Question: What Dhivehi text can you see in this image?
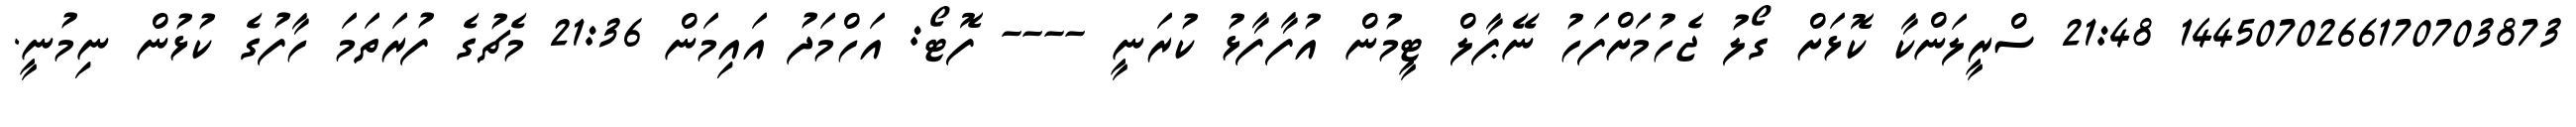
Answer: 1445070266170703873 21:48 ސްރީލަންކާ ކޮޅަށް ގޯލު ޖެހުމަށްފަހު ނޭޕާލް ޓީމުން އުފާފާޅު ކުރަނީ ---- ފޮޓޯ: އަހްމަދު އައިމަން 21:36 މެޗުގެ ފުރަތަމަ ހާފުގެ ކުޅުން ނިމުނީ.